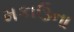
મકાઉના